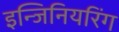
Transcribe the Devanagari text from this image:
इन्जिनियरिंग